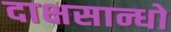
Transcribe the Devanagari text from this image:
दाक्षसान्धो